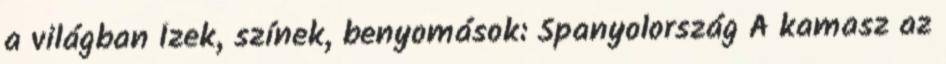
a világban Ízek, színek, benyomások: Spanyolország A kamasz az